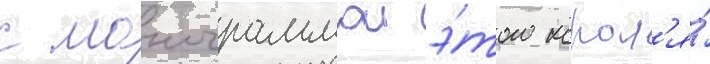
с монограммои э́того корол'я́